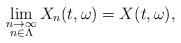
LaTeX: \begin{align*}\lim_{\substack{n\rightarrow\infty \\ n\in\Lambda}} X_n(t,\omega) = X(t,\omega) ,\end{align*}